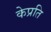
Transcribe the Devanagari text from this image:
केप्रति